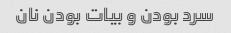
سرد بودن و بیات بودن نان